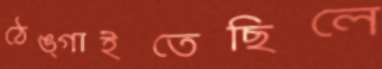
ঠেঙ্গাইতেছিলে